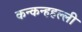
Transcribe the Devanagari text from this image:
कन्कन्हहल्ली